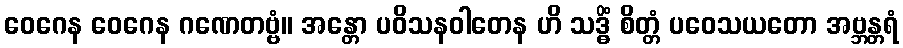
ဝေဂေန ဝေဂေန ဂဏေတဗ္ဗံ။ အန္တော ပဝိသနဝါတေန ဟိ သဒ္ဓိံ စိတ္တံ ပဝေသယတော အဗ္ဘန္တရံ